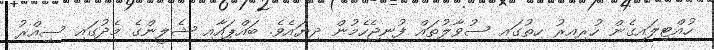
ހުއްޓިލައިގެން ހުރިއިރު ހިތުގައި ސުވާލުތައް ފުނިޖެހެމުން ދިޔައެވެ. ބައްޕައާއި ޝެލީންގެ މެދުގައި ސިއްރު